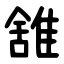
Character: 䧾